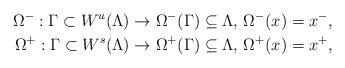
LaTeX: \begin{align*}\Omega^{-}: \Gamma \subset W^u(\Lambda)\to \Omega^{-}(\Gamma)\subseteq \Lambda,\, \Omega^{-}(x)=x^-,\\\Omega^{+}: \Gamma \subset W^s(\Lambda)\to \Omega^{+}(\Gamma)\subseteq \Lambda,\, \Omega^{+}(x)=x^+,\end{align*}